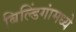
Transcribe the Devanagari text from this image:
बिल्डिंगांमध्ये